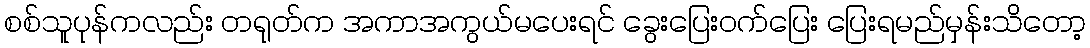
စစ်သူပုန်ကလည်း တရုတ်က အကာအကွယ်မပေးရင် ခွေးပြေးဝက်ပြေး ပြေးရမည်မှန်းသိတော့